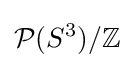
{\mathcal {P}}(S^{3})/\mathbb {Z}